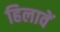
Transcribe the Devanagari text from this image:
हिलावें